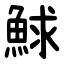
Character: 鯄